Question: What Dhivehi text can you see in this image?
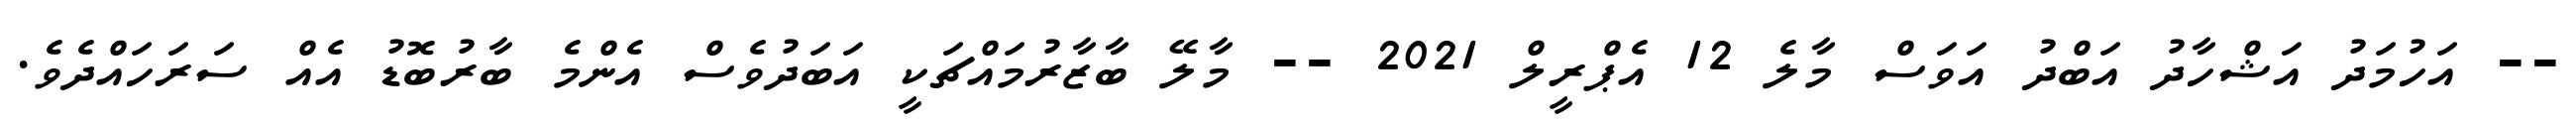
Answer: -- އަހުމަދު އަޝްހާދު އަބްދު އަވަސް މާލެ 12 އެޕްރީލް 2021 -- މާލޭ ބާޒާރުމައްޗަކީ އަބަދުވެސް އެންމެ ބާރުބޮޑު އެއް ސަރަހައްދެވެ.